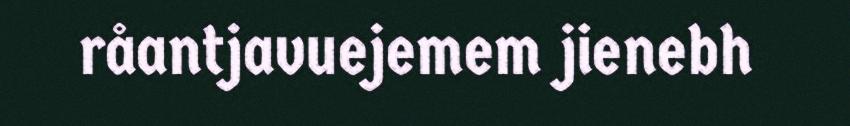
råantjavuejemem jienebh